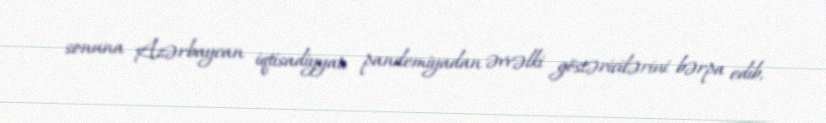
sonuna Azərbaycan iqtisadiyyatı pandemiyadan əvvəlki göstəricilərini bərpa edib,